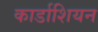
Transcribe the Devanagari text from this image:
कार्डाशियन